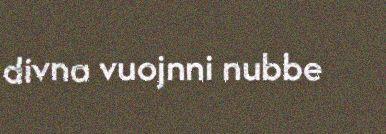
divna vuojnni nubbe